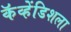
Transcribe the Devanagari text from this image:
कॅव्हेंडिशला